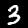
Label: 3